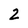
Character: 2